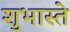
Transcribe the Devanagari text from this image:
शुभास्ते